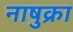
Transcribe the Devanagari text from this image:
नाषुक्रा